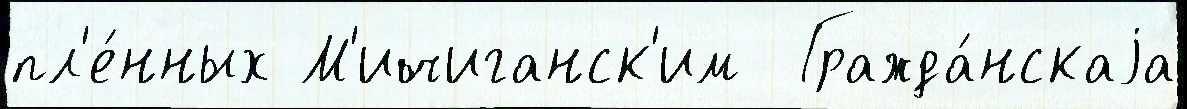
пл'е́нных М'ичиганск'им  Гражда́нскаjа